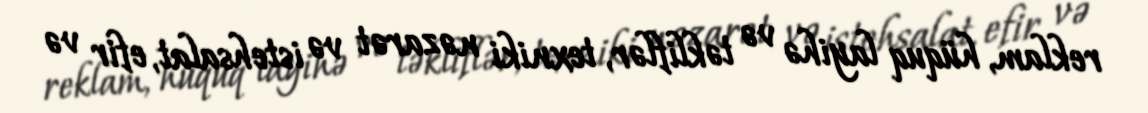
reklam, hüquq layihə və təkliflər, texniki nəzarət və istehsalat, efir və